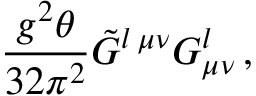
\frac { g ^ { 2 } \theta } { 3 2 \pi ^ { 2 } } \tilde { G } ^ { l \, \mu \nu } G _ { \mu \nu } ^ { l } \, ,